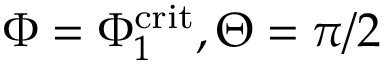
\Phi = \Phi _ { 1 } ^ { \mathrm { c r i t } } , \Theta = \pi / 2